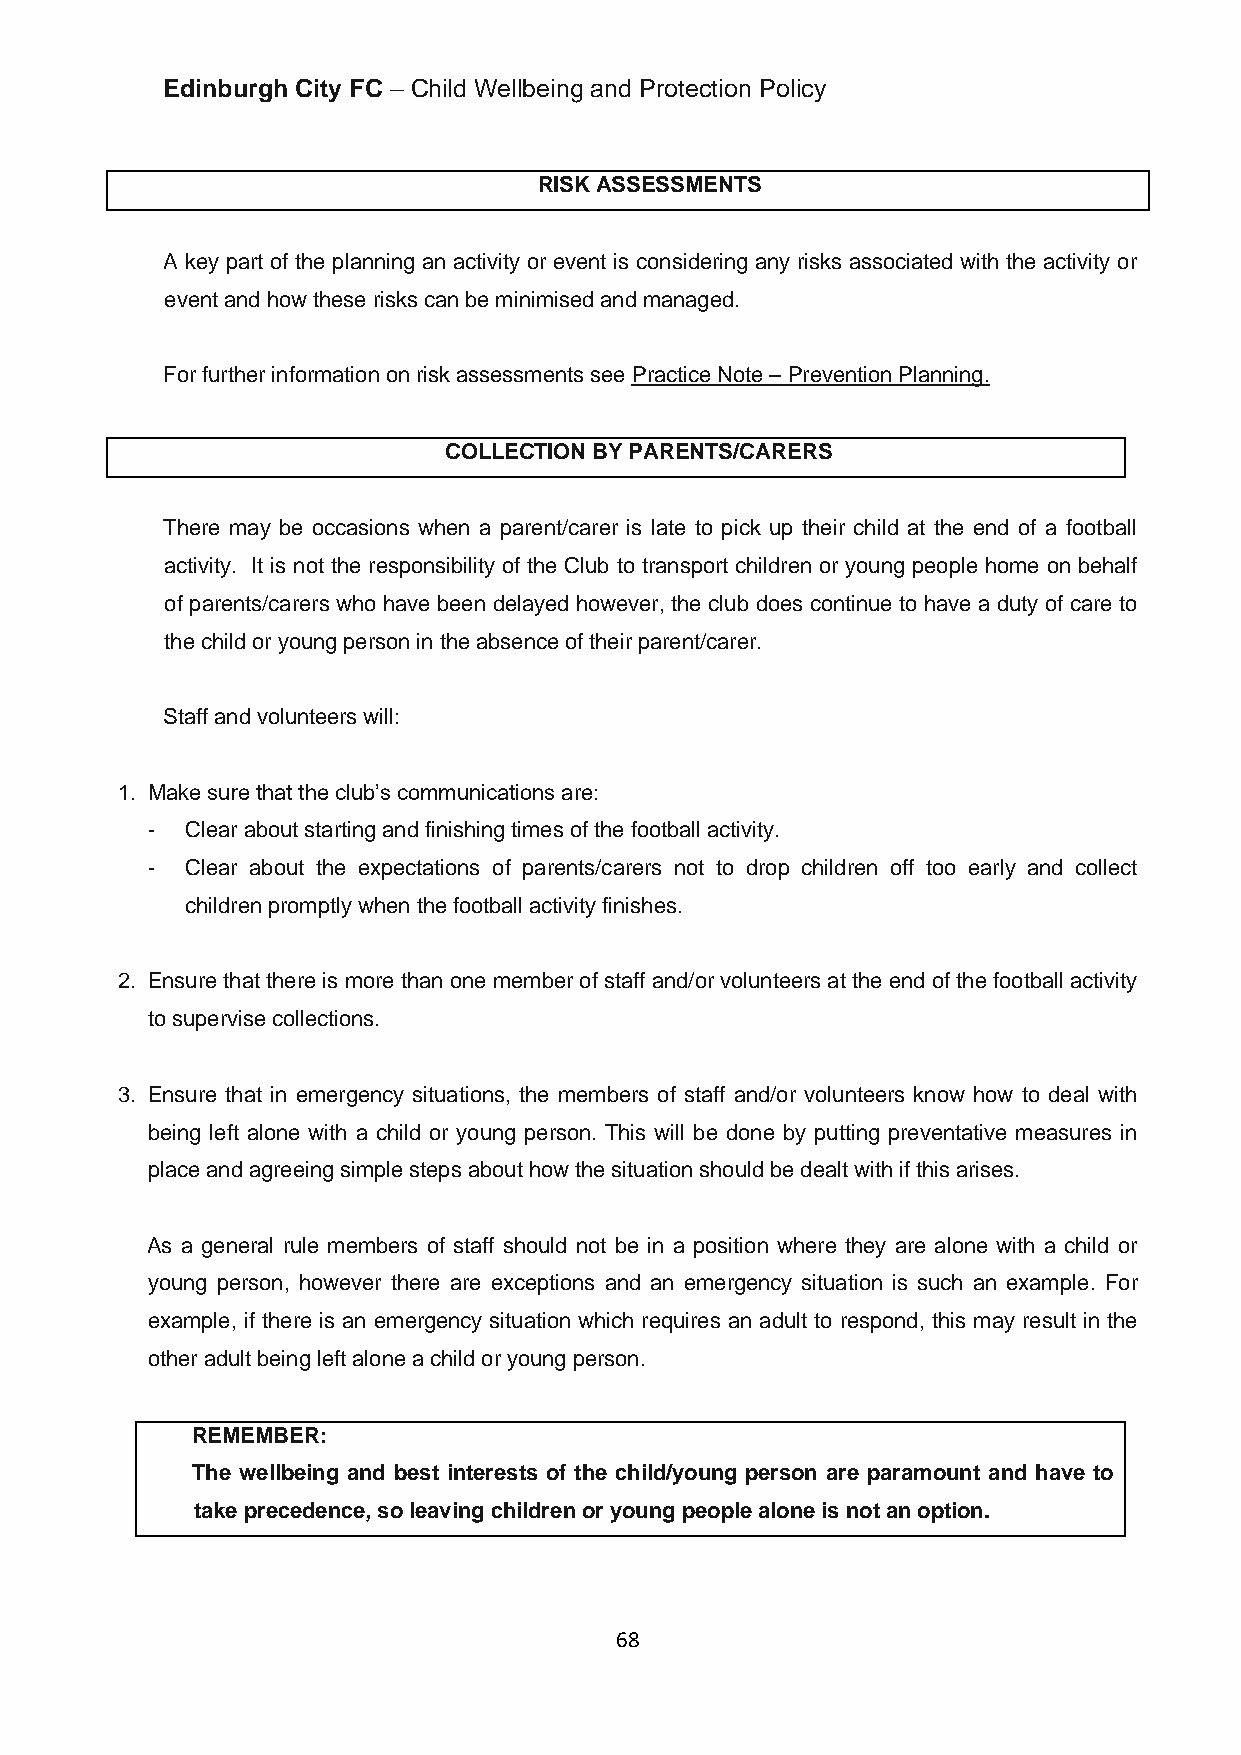
Edinburgh City FC – Child Wellbeing and Protection Policy
 RISK ASSESSMENTS
 A key part of the planning an activity or event is considering any risks associated with the activity or
 event and how these risks can be minimised and managed.
 For further information on risk assessments see Practice Note – Prevention Planning.
 COLLECTION BY PARENTS/CARERS
 There may be occasions when a parent/carer is late to pick up their child at the end of a football
 activity. It is not the responsibility of the Club to transport children or young people home on behalf
 of parents/carers who have been delayed however, the club does continue to have a duty of care to
 the child or young person in the absence of their parent/carer.
 Staff and volunteers will:
 1. Make sure that the club’s communications are:
 - Clear about starting and finishing times of the football activity.
 - Clear about the expectations of parents/carers not to drop children off too early and collect
 children promptly when the football activity finishes.
 2. Ensure that there is more than one member of staff and/or volunteers at the end of the football activity
 to supervise collections.
 3. Ensure that in emergency situations, the members of staff and/or volunteers know how to deal with
 being left alone with a child or young person. This will be done by putting preventative measures in
 place and agreeing simple steps about how the situation should be dealt with if this arises.
 As a general rule members of staff should not be in a position where they are alone with a child or
 young person, however there are exceptions and an emergency situation is such an example. For
 example, if there is an emergency situation which requires an adult to respond, this may result in the
 other adult being left alone a child or young person.
 REMEMBER:
 The wellbeing and best interests of the child/young person are paramount and have to
 take precedence, so leaving children or young people alone is not an option.
 68